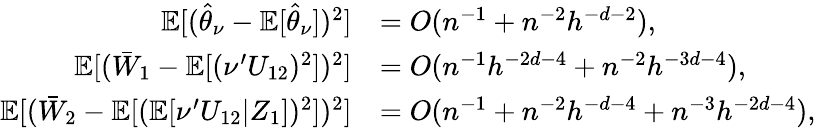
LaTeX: \begin{array}{rl}{\mathbb{E}[(\widehat{\theta}_{\nu}-\mathbb{E}[\widehat{\theta}_{\nu}])^{2}]}&{=O(n^{-1}+n^{-2}h^{-d-2}),}\\ {\mathbb{E}[(\bar{W}_{1}-\mathbb{E}[(\nu^{\prime}U_{12})^{2}])^{2}]}&{=O(n^{-1}h^{-2d-4}+n^{-2}h^{-3d-4}),}\\ {\mathbb{E}[(\bar{W}_{2}-\mathbb{E}[(\mathbb{E}[\nu^{\prime}U_{12}|Z_{1}])^{2}])^{2}]}&{=O(n^{-1}+n^{-2}h^{-d-4}+n^{-3}h^{-2d-4}),}\end{array}